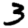
Digit: 3